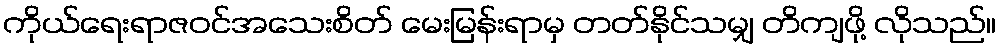
ကိုယ်ရေးရာဇဝင်အသေးစိတ် မေးမြန်းရာမှ တတ်နိုင်သမျှ တိကျဖို့ လိုသည်။